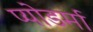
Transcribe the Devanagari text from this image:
प्योडर्मा